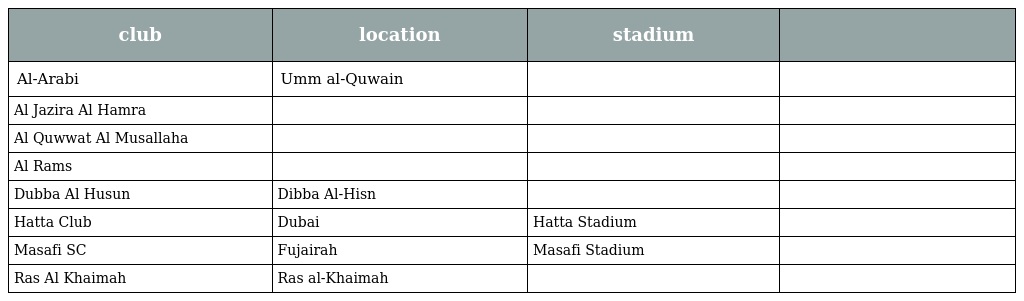
| club | location | stadium |  |
 | --- | --- | --- | --- |
 | Al-Arabi | Umm al-Quwain |  |  |
 | Al Jazira Al Hamra |  |  |  |
 | Al Quwwat Al Musallaha |  |  |  |
 | Al Rams |  |  |  |
 | Dubba Al Husun | Dibba Al-Hisn |  |  |
 | Hatta Club | Dubai | Hatta Stadium |  |
 | Masafi SC | Fujairah | Masafi Stadium |  |
 | Ras Al Khaimah | Ras al-Khaimah |  |  |